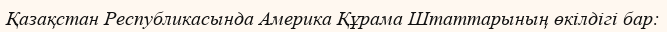
Қазақстан Республикасында Америка Құрама Штаттарының өкілдігі бар: